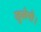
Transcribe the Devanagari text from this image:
खुलेगी।